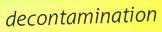
decontamination